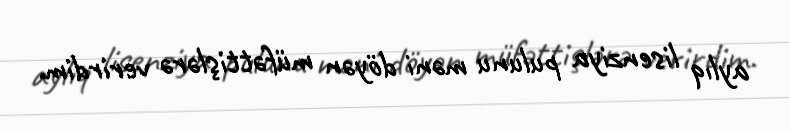
aylıq lisenziya pulunu məni döyən müfəttişlərə verirdim.